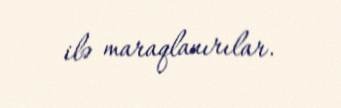
ilə maraqlanırılar.